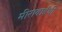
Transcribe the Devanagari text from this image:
मीराबाईंची